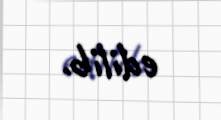
edilib.